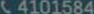
C4101584